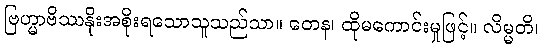
ဗြဟ္မာဗိဿနိုးအစိုးရသောသူသည်သာ။ တေန၊ ထိုမကောင်းမှုဖြင့်။ လိမ္မတိ၊